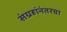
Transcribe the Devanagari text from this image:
संग्रहांनंतरचा